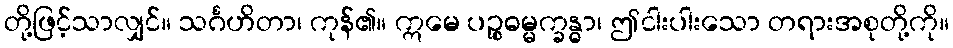
တို့ဖြင့်သာလျှင်။ သင်္ဂဟိတာ၊ ကုန်၏။ ဣမေ ပဉ္စဓမ္မက္ခန္ဓာ၊ ဤငါးပါးသော တရားအစုတို့ကို။